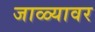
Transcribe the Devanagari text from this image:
जाळ्यावर